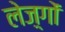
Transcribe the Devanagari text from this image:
लेज़्गों